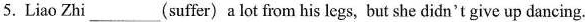
5. Liao Zhi ___ (suffer) a lot firom his legs, but she didn`t give up dancing.